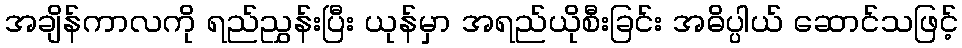
အချိန်ကာလကို ရည်ညွှန်းပြီး ယုန်မှာ အရည်ယိုစီးခြင်း အဓိပ္ပါယ် ဆောင်သဖြင့်